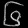
Digit: ၆